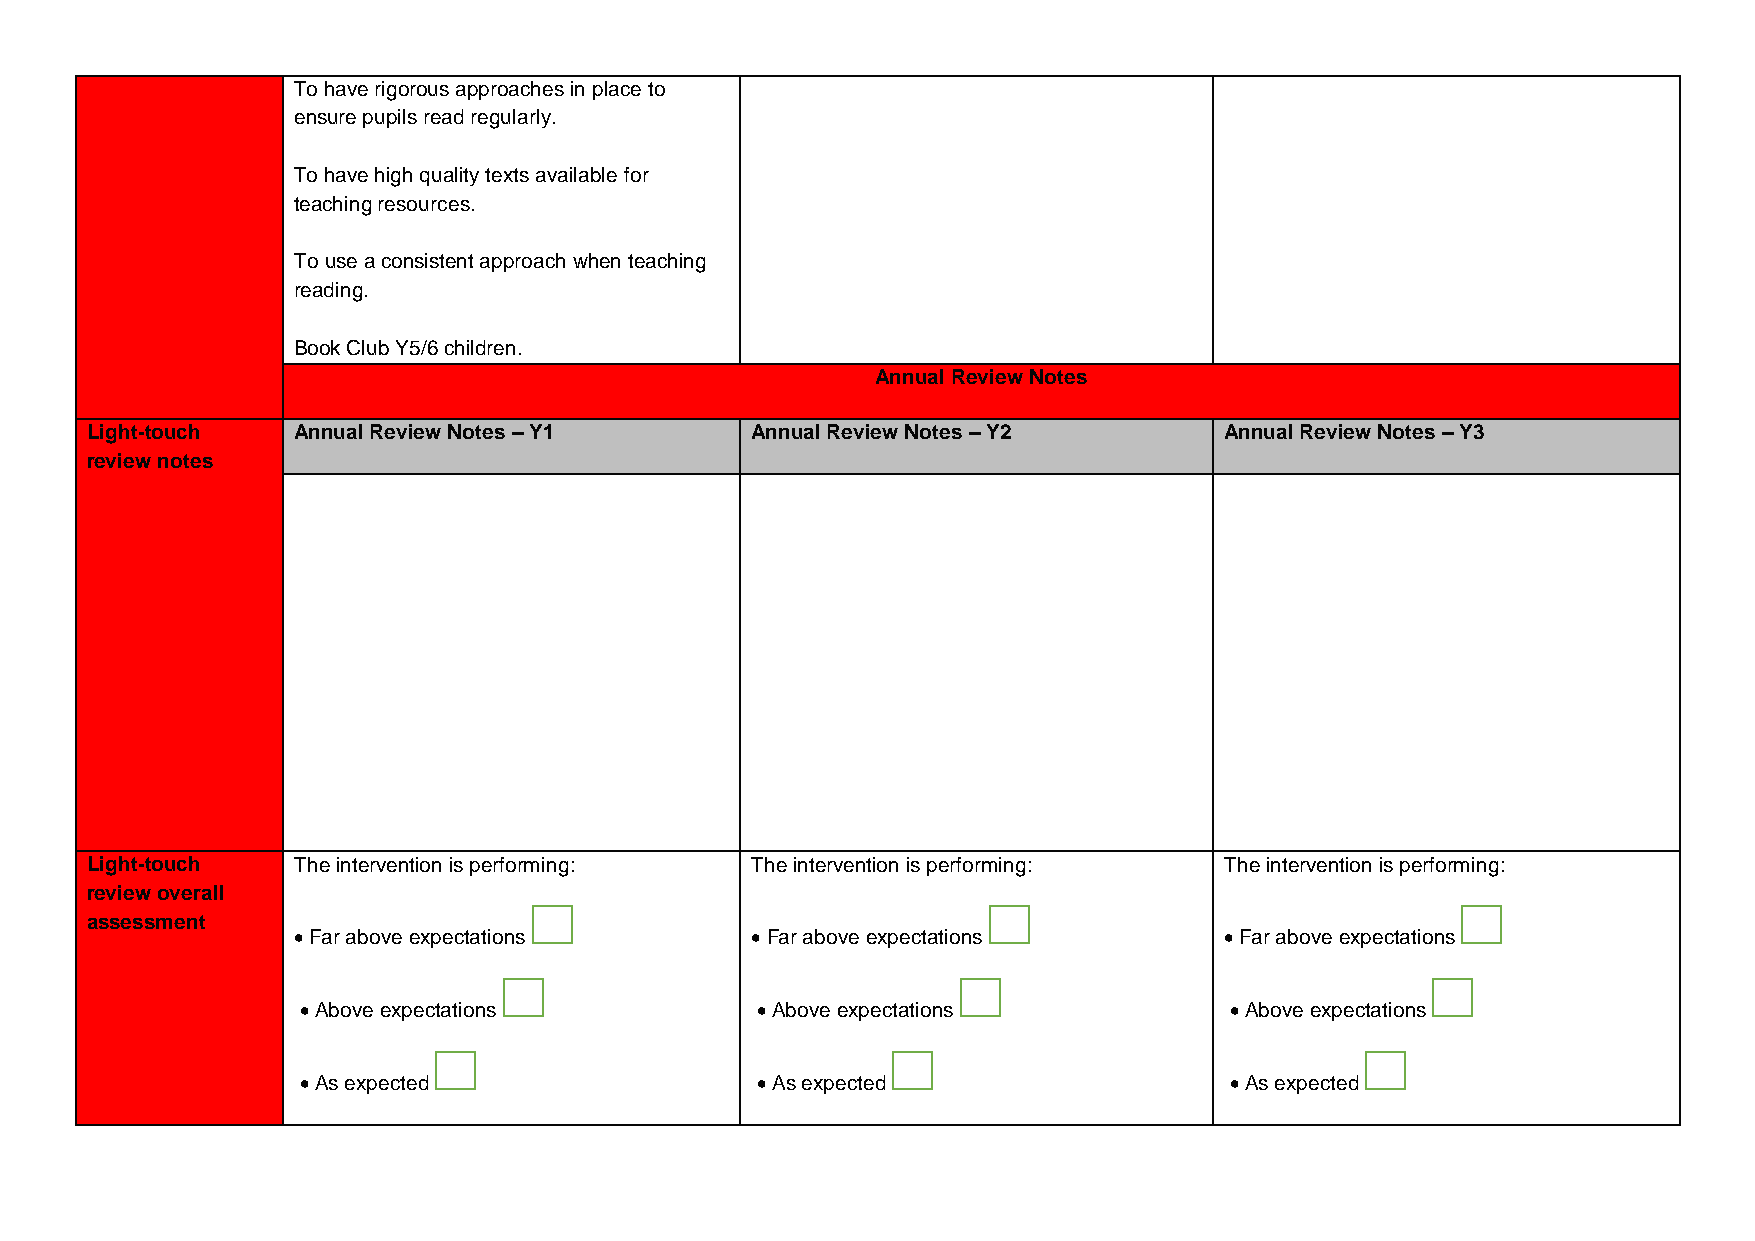
To have rigorous approaches in place to
 ensure pupils read regularly.
 To have high quality texts available for
 teaching resources.
 To use a consistent approach when teaching
 reading.
 Book Club Y5/6 children.
 Annual Review Notes
 Light-touch  Annual Review Notes – Y1       Annual Review Notes – Y2       Annual Review Notes – Y3
 review notes
 Light-touch  The intervention is performing: The intervention is performing: The intervention is performing:
 review overall
 assessment
  Far above expectations        Far above expectations        Far above expectations
  Above expectations           Above expectations            Above expectations
  As expected                  As expected                   As expected